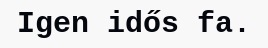
Igen idős fa.